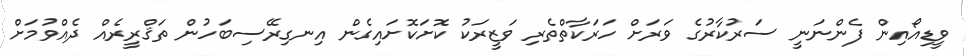
ވީޑިއޯއިން ފެންނަނީ ސަރުކާރުގެ ވަރަށް ހަރަކާތްތެރި ވަޒީރަކު ކޮށަކޮށައިގެން އިނގިރޭސިބަހުން ތަޤްރީރެއް ދެއްވުމަށް